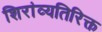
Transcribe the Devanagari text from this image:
शिरांव्यतिरिक्त